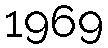
1969